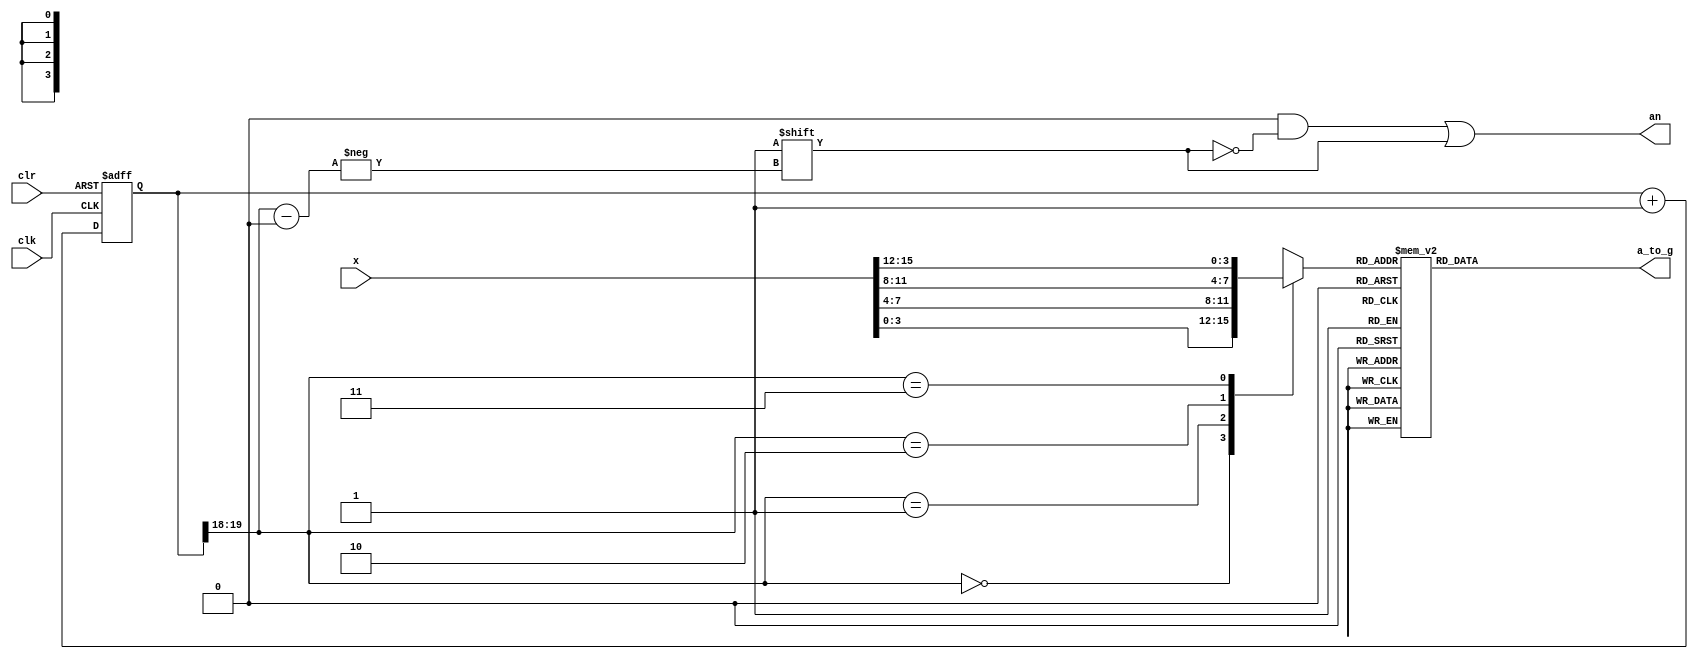
`timescale 1ns / 1ps
//////////////////////////////////////////////////////////////////////////////////
// Company: 
// Engineer: 
// 
// Design Name: 
// Module Name: x7seg
// Project Name: 
// Target Devices: 
// Tool Versions: 
// Description: 
// 
// Dependencies: 
// 
// Revision:
// Revision 0.01 - File Created
// Additional Comments:
// 
//////////////////////////////////////////////////////////////////////////////////


module x7seg(
             input wire [15:0] x,
             input wire        clk,
             input wire        clr,
             output reg [3:0]  an,
             output reg [6:0]  a_to_g
             );
   wire [1:0]                  s;
   reg [3:0]                   digit;
   reg [19:0]                  clkdiv;
   assign s = clkdiv[19:18];
   always @(*)
     case (s)
       0:digit = x[3:0];
       1:digit = x[7:4];
       2:digit = x[11:8];
       3:digit = x[15:12];
       default:digit = x[3:0];    
     endcase 

   always @ (*) begin
      case (digit)
        0:a_to_g = 7'b1111110;
        1:a_to_g = 7'b0110000;
        2:a_to_g = 7'b1101101;
        3:a_to_g = 7'b1111001;
        4:a_to_g = 7'b0110011;
        5:a_to_g = 7'b1011011;
        6:a_to_g = 7'b1011111;
        7:a_to_g = 7'b1110000;
        8:a_to_g = 7'b1111111;
        9:a_to_g = 7'b1111011;
        'hA:a_to_g = 7'b1110111;
        'hB:a_to_g = 7'b0011111;
        'hC:a_to_g = 7'b1001110;
        'hD:a_to_g = 7'b0111101;
        'hE:a_to_g = 7'b1001111;
        'hF:a_to_g = 7'b1000111;
        default: a_to_g = 7'b1111110;
      endcase
   end

   always @ (*)
     begin
        an = 4'b0000;
        an[s] = 1;
     end

   always @ (posedge clk or posedge clr) begin
      if(clr == 1)
        clkdiv <= 0;
      else 
        clkdiv <= clkdiv + 1;
   end
endmodule